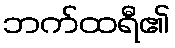
ဘက်ထရီ၏